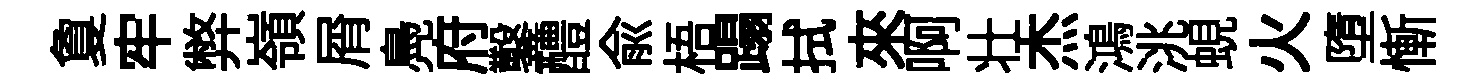
夐牢弊嶺屑鳧府鑿醴俞梧蹋拭來啊壮杰鴻洮蜆火墮慚